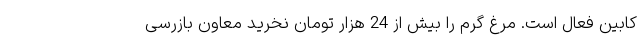
کابین فعال است. مرغ گرم را بیش از 24 هزار تومان نخرید معاون بازرسی